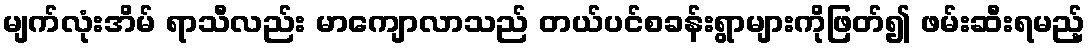
မျက်လုံးအိမ် ရာသီလည်း မာကျောလာသည် တယ်ပင်စခန်းရွာများကိုဖြတ်၍ ဖမ်းဆီးရမည့်